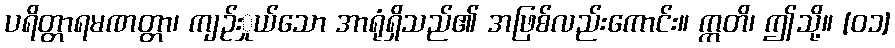
ပရိတ္တာရမဏတ္တာ၊ ကျဉ်းှုယ်သော အာရုံရှိသည်၏ အဖြစ်လည်းကောင်း။ ဣတိ၊ ဤသို့။ [၀၁]